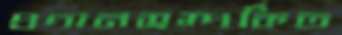
প্রদানসম্পর্কিত